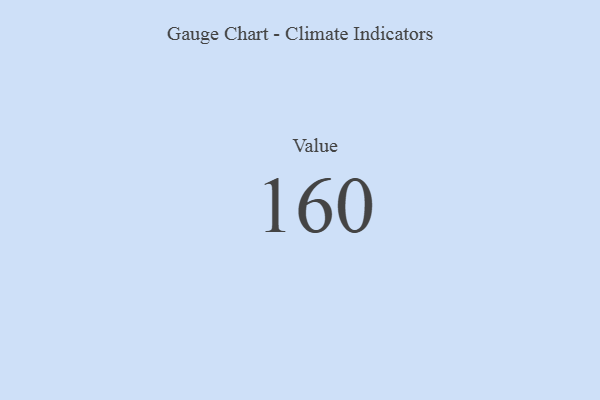
{"axis": {"x": "Metric", "y": "Value"}, "legend": [""], "data": [{"x": "Value", "y": 160, "type": ""}]}